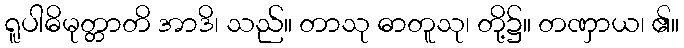
ရူပါဓိမုတ္တာတိ အာဒိ၊ သည်။ တာသု ဓာတူသု၊ တို့၌။ တဏှာယ၊ ၏။